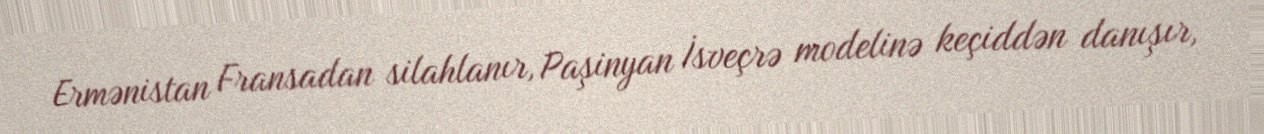
Ermənistan Fransadan silahlanır, Paşinyan İsveçrə modelinə keçiddən danışır,